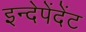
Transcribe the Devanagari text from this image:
इन्देपेंदेंट